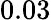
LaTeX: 0.03